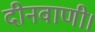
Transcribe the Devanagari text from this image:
दीनवाणी।